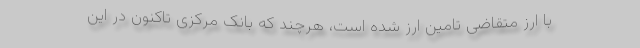
با ارز متقاضی تامین ارز شده است، هرچند که بانک مرکزی تاکنون در این